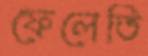
ফেলেতি